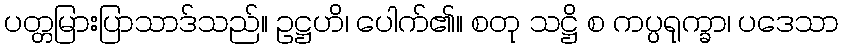
ပတ္တမြားပြာသာဒ်သည်။ ဥဋ္ဌဟိ၊ ပေါက်၏။ စတု သဋ္ဌိ စ ကပ္ပရုက္ခာ၊ ပဒေသာ